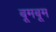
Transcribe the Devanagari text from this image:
बूमबूम